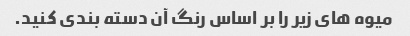
میوه های زیر را بر اساس رنگ آن دسته بندی کنید.